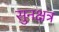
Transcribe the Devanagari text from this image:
सुनक्षत्र